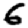
Digit: 6